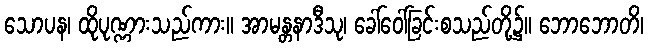
သောပန၊ ထိုပုဏ္ဏားသည်ကား။ အာမန္တနာဒီသု၊ ခေါ်ဝေါ်ခြင်းစသည်တို့၌။ ဘောဘောတိ၊